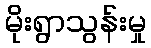
မိုးရွာသွန်းမှု